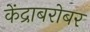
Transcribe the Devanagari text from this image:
केंद्राबरोबर